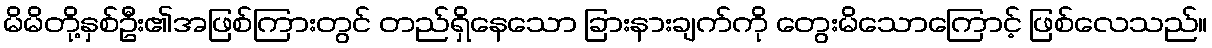
မိမိတို့နှစ်ဦး၏အဖြစ်ကြားတွင် တည်ရှိနေသော ခြားနားချက်ကို တွေးမိသောကြောင့် ဖြစ်လေသည်။